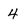
Character: 4